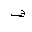
Letter: _fa